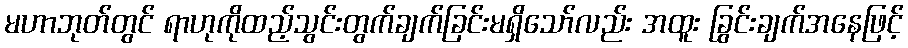
မဟာဘုတ်တွင် ရာဟုကိုထည့်သွင်းတွက်ချက်ခြင်းမရှိသော်လည်း အထူး ခြွင်းချက်အနေဖြင့်